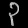
Digit: ၃